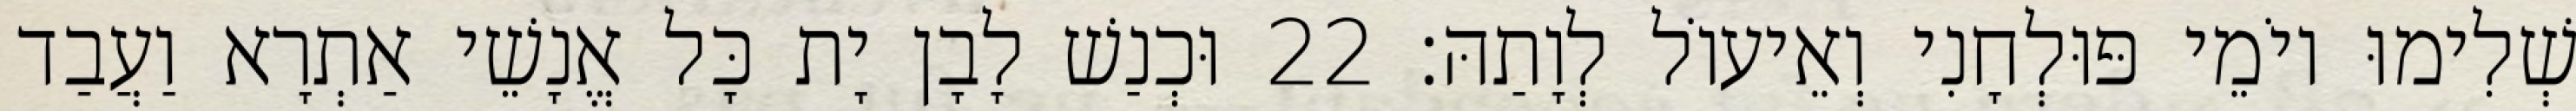
שְׁלִימוּ יוֹמֵי פּוּלְחָנִי וְאֵיעוֹל לְוָתַהּ׃ 22 וּכְנַשׁ לָבָן יָת כָּל אֱנָשֵׁי אַתְרָא וַעֲבַד